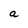
Character: a